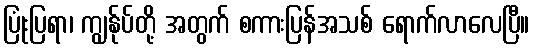
ပြုံးပြရာ၊ ကျွန်ုပ်တို့ အတွက် စကားပြန်အသစ် ရောက်လာလေပြီ။